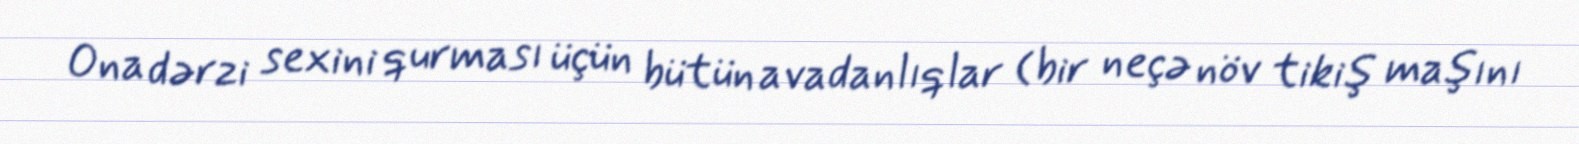
Ona dərzi sexini qurması üçün bütün avadanlıqlar (bir neçə növ tikiş maşını